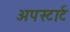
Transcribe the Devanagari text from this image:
अपस्टार्ट